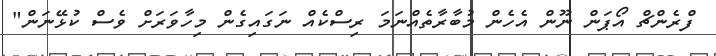
ފްރެންޗް އޯޕަން ނޫން އެހެން މުބާރާތެއްނަމަ ރިސްކެއް ނަގައިގެން މިހާވަރަށް ވެސް ކުޅޭނަން"